Accounts of Education Authorities, 1925
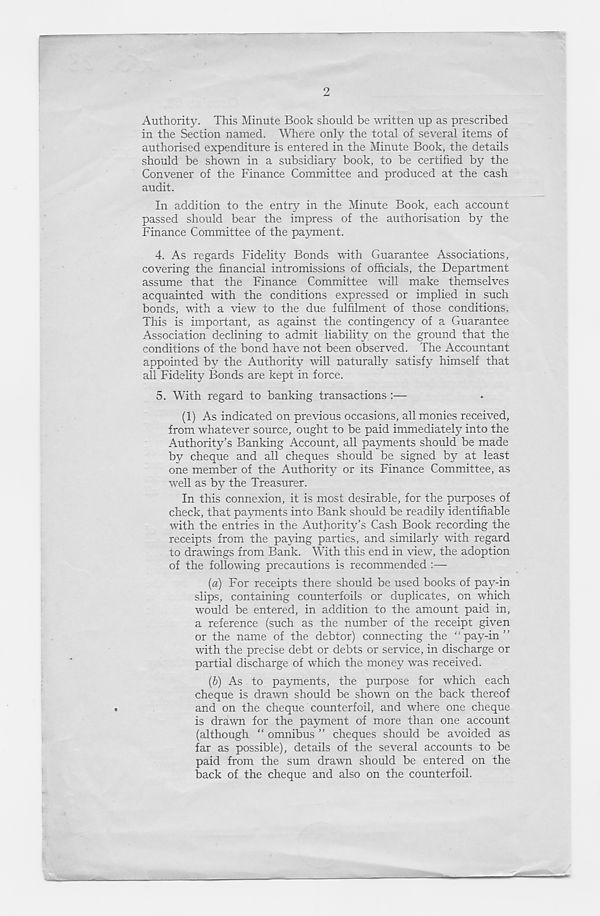
2
Authority. This Minute Book should be written up as prescribed
in the Section named. Where only the total of several items of
authorised expenditure is entered in the Minute Book, the details
should be shown in a subsidiary book, to be certified by the
Convener of the Finance Committee and produced at the cash
audit.
In addition to the entry in the Minute Book, each account
passed should bear the impress of the authorisation by the
Finance Committee of the payment.
4. As regards Fidelity Bonds with Guarantee Associations,
covering the financial intromissions of officials, the Department
assume that the Finance Committee will make themselves
acquainted with the conditions expressed or implied in such
bonds, with a view to the due fulfilment of those conditions.
This is important, as against the contingency of a Guarantee
Association declining to admit liability on the ground that the
conditions of the bond have not been observed. The Accountant
appointed by the Authority will naturally satisfy himself that
all Fidelity Bonds are kept in force.
5. With regard to banking transactions
(1) As indicated on previous occasions, all monies received,
from whatever source, ought to be paid immediately into the
Authority’s Banking Account, all payments should be made
by cheque and all cheques should be signed by at least
one member of the Authority or its Finance Committee, as
well as by the Treasurer.
In this connexion, it is most desirable, for the purposes of
check, that payments into Bank should be readily identifiable
with the entries in the Authority’s Cash Book recording the
receipts from the paying parties, and similarly with regard
to drawings from Bank. With this end in view, the adoption
of the following precautions is recommended :—
[a) For receipts there should be used books of pay-in
slips, containing counterfoils or duplicates, on which
would be entered, in addition to the amount paid in,
a reference (such as the number of the receipt given
or the name of the debtor) connecting the “pay-in”
with the precise debt or debts or service, in discharge or
partial discharge of which the money was received.
{b) As to payments, the purpose for which each
cheque is drawn should be shown on the back thereof
and on the cheque counterfoil, and where one cheque
is drawn for the payment of more than one account
(although “ omnibus ” cheques should be avoided as
far as possible), details of the several accounts to be
paid from the sum drawn should be entered on the
back of the cheque and also on the counterfoil.